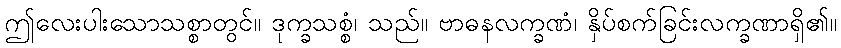
ဤလေးပါးသောသစ္စာတွင်။ ဒုက္ခသစ္စံ၊ သည်။ ဗာဓနလက္ခဏံ၊ နှိပ်စက်ခြင်းလက္ခဏာရှိ၏။